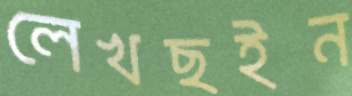
লেখছইন